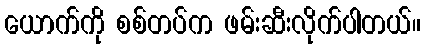
ယောက်ကို စစ်တပ်က ဖမ်းဆီးလိုက်ပါတယ်။